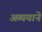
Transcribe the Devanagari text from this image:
अव्ययाने